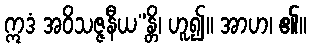
ဣဒံ အဝိသဇ္ဇနီယ”န္တိ၊ ဟူ၍။ အာဟ၊ ၏။